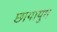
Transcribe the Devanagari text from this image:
छायायुग